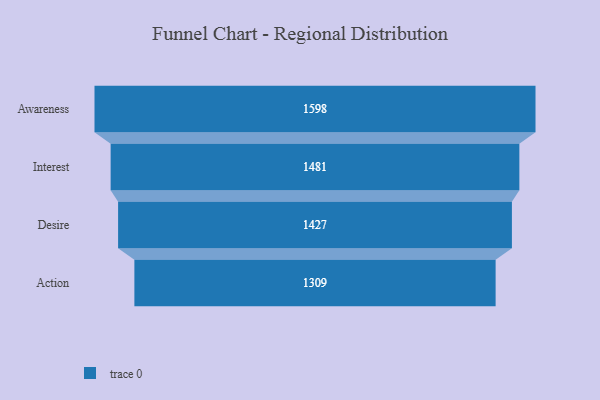
{"axis": {"x": "Stage", "y": "Value"}, "legend": [""], "data": [{"x": "Awareness", "y": 1598.0, "type": ""}, {"x": "Interest", "y": 1481.0, "type": ""}, {"x": "Desire", "y": 1427.0, "type": ""}, {"x": "Action", "y": 1309.0, "type": ""}]}